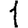
Digit: 1